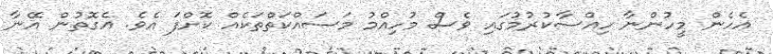
އެހެން މީހުންނާ ހިއްސާކުރުމުގައި ވެސް މުހިއްމު މަސައްކަތްތަކެއް ކޮށްފަ އެވެ. އެގޮތުން އޭނާ